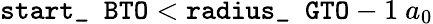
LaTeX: \texttt{start\_ BTO}<\texttt{radius\_ GTO}-1\ a_{0}